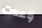
وعدت